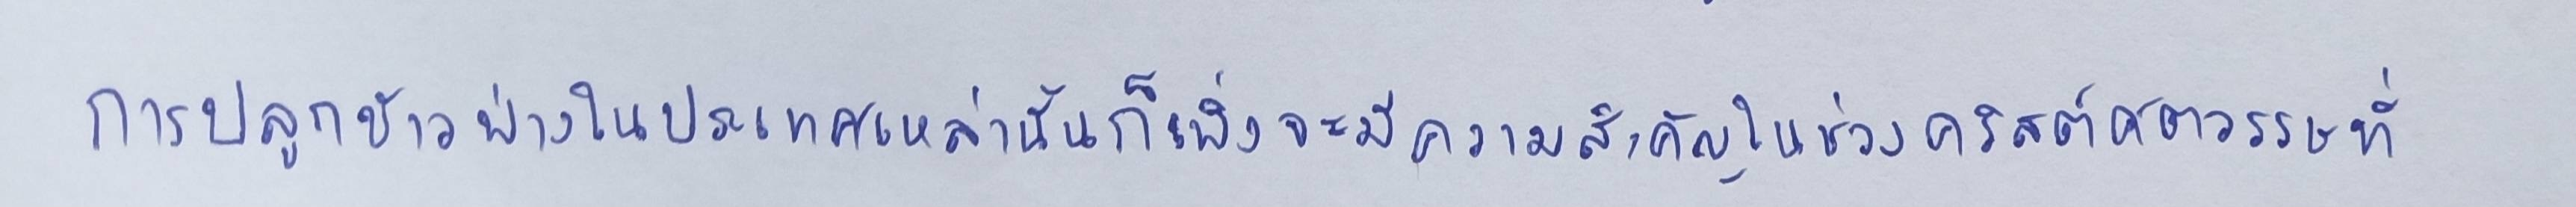
การปลูกข้าวฟ่างในประเทศเหล่านั้นก็เพิ่งจะมีความสำคัญในช่วงคริสต์ศตวรรษที่